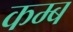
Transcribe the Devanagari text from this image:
कम्ब